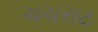
ચચરાટ